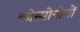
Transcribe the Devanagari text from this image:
कोस्मोनोतों